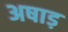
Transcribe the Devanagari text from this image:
अषाड़